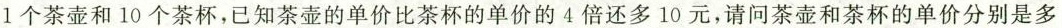
1个茶壶和10个茶杯，已知茶壶的单价比茶杯的单价的4倍还多10元，请问茶壶和茶杯的单价分别是多